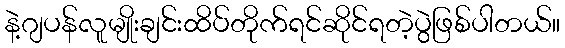
နဲ့ဂျပန်လူမျိုးချင်းထိပ်တိုက်ရင်ဆိုင်ရတဲ့ပွဲဖြစ်ပါတယ်။